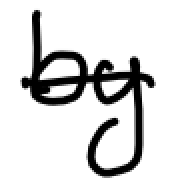
Text: by
Cross-out: single-line
Writing tool: digital_black